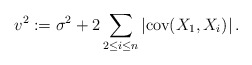
\begin{align*} v^2 := \sigma^2 + 2 \sum_{2 \leq i \leq n} |\mathrm{cov}(X_1, X_i)|\, .\end{align*}